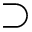
\supset